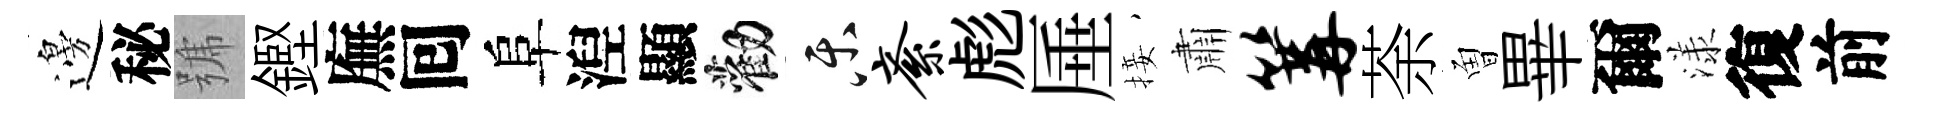
邊秘號鏗廡囘阜湼顯勸乐紊彪厜接肅篝荼曽畢爾漾復前